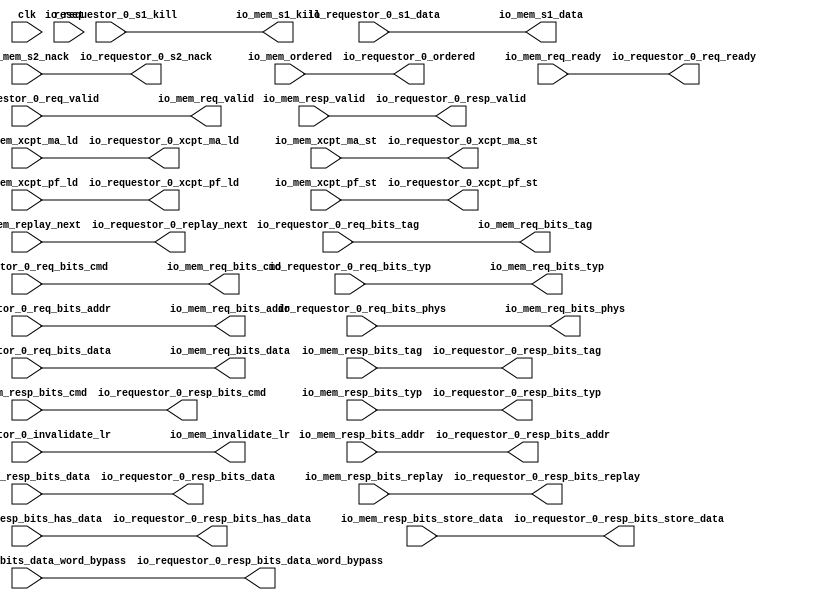
// Copyright (c) 2017, Microsemi Corporation
// All rights reserved.
//
// Redistribution and use in source and binary forms, with or without
// modification, are permitted provided that the following conditions are met:
//     * Redistributions of source code must retain the above copyright
//       notice, this list of conditions and the following disclaimer.
//     * Redistributions in binary form must reproduce the above copyright
//       notice, this list of conditions and the following disclaimer in the
//       documentation and/or other materials provided with the distribution.
//     * Neither the name of the <organization> nor the
//       names of its contributors may be used to endorse or promote products
//       derived from this software without specific prior written permission.
//
// THIS SOFTWARE IS PROVIDED BY THE COPYRIGHT HOLDERS AND CONTRIBUTORS "AS IS" AND
// ANY EXPRESS OR IMPLIED WARRANTIES, INCLUDING, BUT NOT LIMITED TO, THE IMPLIED
// WARRANTIES OF MERCHANTABILITY AND FITNESS FOR A PARTICULAR PURPOSE ARE
// DISCLAIMED. IN NO EVENT SHALL MICROSEMI CORPORATIONM BE LIABLE FOR ANY
// DIRECT, INDIRECT, INCIDENTAL, SPECIAL, EXEMPLARY, OR CONSEQUENTIAL DAMAGES
// (INCLUDING, BUT NOT LIMITED TO, PROCUREMENT OF SUBSTITUTE GOODS OR SERVICES;
// LOSS OF USE, DATA, OR PROFITS; OR BUSINESS INTERRUPTION) HOWEVER CAUSED AND
// ON ANY THEORY OF LIABILITY, WHETHER IN CONTRACT, STRICT LIABILITY, OR TORT
// (INCLUDING NEGLIGENCE OR OTHERWISE) ARISING IN ANY WAY OUT OF THE USE OF THIS
// SOFTWARE, EVEN IF ADVISED OF THE POSSIBILITY OF SUCH DAMAGE.
//
// Description:
//
// SVN Revision Information:
// SVN $Revision: 29484 $
// SVN $Date: 2017-03-31 09:57:25 +0100 (Fri, 31 Mar 2017) $
//
// Resolved SARs
// SAR      Date     Who   Description
//
// Notes:
//
// ****************************************************************************/
`define RANDOMIZE
`timescale 1ns/10ps
module PROC_SUBSYSTEM_CORERISCV_AXI4_0_CORERISCV_AXI4_HELLA_CACHE_ARBITER(
  input   clk,
  input   reset,
  output  io_requestor_0_req_ready,
  input   io_requestor_0_req_valid,
  input  [31:0] io_requestor_0_req_bits_addr,
  input  [8:0] io_requestor_0_req_bits_tag,
  input  [4:0] io_requestor_0_req_bits_cmd,
  input  [2:0] io_requestor_0_req_bits_typ,
  input   io_requestor_0_req_bits_phys,
  input  [31:0] io_requestor_0_req_bits_data,
  input   io_requestor_0_s1_kill,
  input  [31:0] io_requestor_0_s1_data,
  output  io_requestor_0_s2_nack,
  output  io_requestor_0_resp_valid,
  output [31:0] io_requestor_0_resp_bits_addr,
  output [8:0] io_requestor_0_resp_bits_tag,
  output [4:0] io_requestor_0_resp_bits_cmd,
  output [2:0] io_requestor_0_resp_bits_typ,
  output [31:0] io_requestor_0_resp_bits_data,
  output  io_requestor_0_resp_bits_replay,
  output  io_requestor_0_resp_bits_has_data,
  output [31:0] io_requestor_0_resp_bits_data_word_bypass,
  output [31:0] io_requestor_0_resp_bits_store_data,
  output  io_requestor_0_replay_next,
  output  io_requestor_0_xcpt_ma_ld,
  output  io_requestor_0_xcpt_ma_st,
  output  io_requestor_0_xcpt_pf_ld,
  output  io_requestor_0_xcpt_pf_st,
  input   io_requestor_0_invalidate_lr,
  output  io_requestor_0_ordered,
  input   io_mem_req_ready,
  output  io_mem_req_valid,
  output [31:0] io_mem_req_bits_addr,
  output [8:0] io_mem_req_bits_tag,
  output [4:0] io_mem_req_bits_cmd,
  output [2:0] io_mem_req_bits_typ,
  output  io_mem_req_bits_phys,
  output [31:0] io_mem_req_bits_data,
  output  io_mem_s1_kill,
  output [31:0] io_mem_s1_data,
  input   io_mem_s2_nack,
  input   io_mem_resp_valid,
  input  [31:0] io_mem_resp_bits_addr,
  input  [8:0] io_mem_resp_bits_tag,
  input  [4:0] io_mem_resp_bits_cmd,
  input  [2:0] io_mem_resp_bits_typ,
  input  [31:0] io_mem_resp_bits_data,
  input   io_mem_resp_bits_replay,
  input   io_mem_resp_bits_has_data,
  input  [31:0] io_mem_resp_bits_data_word_bypass,
  input  [31:0] io_mem_resp_bits_store_data,
  input   io_mem_replay_next,
  input   io_mem_xcpt_ma_ld,
  input   io_mem_xcpt_ma_st,
  input   io_mem_xcpt_pf_ld,
  input   io_mem_xcpt_pf_st,
  output  io_mem_invalidate_lr,
  input   io_mem_ordered
);
  assign io_requestor_0_req_ready = io_mem_req_ready;
  assign io_requestor_0_s2_nack = io_mem_s2_nack;
  assign io_requestor_0_resp_valid = io_mem_resp_valid;
  assign io_requestor_0_resp_bits_addr = io_mem_resp_bits_addr;
  assign io_requestor_0_resp_bits_tag = io_mem_resp_bits_tag;
  assign io_requestor_0_resp_bits_cmd = io_mem_resp_bits_cmd;
  assign io_requestor_0_resp_bits_typ = io_mem_resp_bits_typ;
  assign io_requestor_0_resp_bits_data = io_mem_resp_bits_data;
  assign io_requestor_0_resp_bits_replay = io_mem_resp_bits_replay;
  assign io_requestor_0_resp_bits_has_data = io_mem_resp_bits_has_data;
  assign io_requestor_0_resp_bits_data_word_bypass = io_mem_resp_bits_data_word_bypass;
  assign io_requestor_0_resp_bits_store_data = io_mem_resp_bits_store_data;
  assign io_requestor_0_replay_next = io_mem_replay_next;
  assign io_requestor_0_xcpt_ma_ld = io_mem_xcpt_ma_ld;
  assign io_requestor_0_xcpt_ma_st = io_mem_xcpt_ma_st;
  assign io_requestor_0_xcpt_pf_ld = io_mem_xcpt_pf_ld;
  assign io_requestor_0_xcpt_pf_st = io_mem_xcpt_pf_st;
  assign io_requestor_0_ordered = io_mem_ordered;
  assign io_mem_req_valid = io_requestor_0_req_valid;
  assign io_mem_req_bits_addr = io_requestor_0_req_bits_addr;
  assign io_mem_req_bits_tag = io_requestor_0_req_bits_tag;
  assign io_mem_req_bits_cmd = io_requestor_0_req_bits_cmd;
  assign io_mem_req_bits_typ = io_requestor_0_req_bits_typ;
  assign io_mem_req_bits_phys = io_requestor_0_req_bits_phys;
  assign io_mem_req_bits_data = io_requestor_0_req_bits_data;
  assign io_mem_s1_kill = io_requestor_0_s1_kill;
  assign io_mem_s1_data = io_requestor_0_s1_data;
  assign io_mem_invalidate_lr = io_requestor_0_invalidate_lr;
endmodule